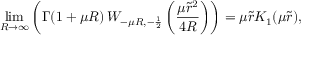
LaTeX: \operatorname * { l i m } _ { R \rightarrow \infty } \left( \Gamma ( 1 + \mu R ) \, W _ { - \mu R , - \frac { 1 } { 2 } } \left( \frac { \mu \tilde { r } ^ { 2 } } { 4 R } \right) \right) = \mu \tilde { r } K _ { 1 } ( \mu \tilde { r } ) ,